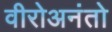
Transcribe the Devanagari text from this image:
वीरोअनंतो